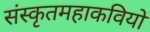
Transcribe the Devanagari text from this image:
संस्कृतमहाकवियों